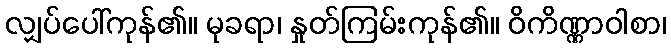
လျှပ်ပေါ်ကုန်၏။ မုခရာ၊ နှုတ်ကြမ်းကုန်၏။ ဝိကိဏ္ဏာဝါစာ၊